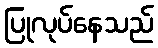
ပြုလုပ်နေသည်